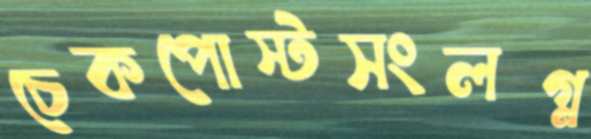
চেকপোস্টসংলগ্ন